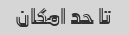
تا حد امکان